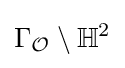
\Gamma _{\mathcal {O}}\setminus \mathbb {H} ^{2}